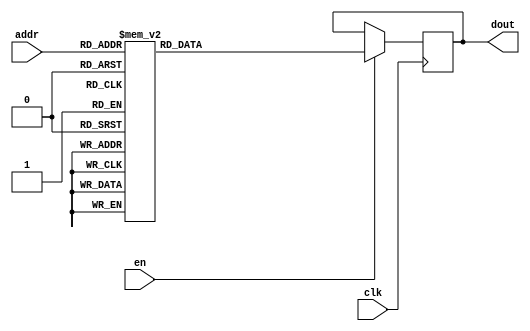
`timescale 1ns / 1ps
/*
Copyright
All right reserved.
Module Name: rom_syn
Author  : Zichuan Liu, Yixing Li and Wenye Liu.
Description:
A synthesized ROM: ROM_DEP x ROM_WID
*/
module EC_2_REF_ROM_1(
// inputs
clk,
en,
addr,
// outputs
dout
);
localparam ROM_WID = 14;
localparam ROM_DEP = 64;
localparam ROM_ADDR = 6;
// input definition
input clk;
input en;
input [ROM_ADDR-1:0] addr;
// output definition
output [ROM_WID-1:0] dout;
reg [ROM_WID-1:0] data;
always @(posedge clk)
begin
if (en) begin
case(addr)
		6'd0: data <= 14'b01000011010111;
		6'd1: data <= 14'b01001000011011;
		6'd2: data <= 14'b01001011111000;
		6'd3: data <= 14'b01001000100111;
		6'd4: data <= 14'b01001100111110;
		6'd5: data <= 14'b01001000001101;
		6'd6: data <= 14'b01001010110000;
		6'd7: data <= 14'b01001000110100;
		6'd8: data <= 14'b01001100101000;
		6'd9: data <= 14'b01001011000110;
		6'd10: data <= 14'b01111111111111;
		6'd11: data <= 14'b01001010100011;
		6'd12: data <= 14'b01000111110110;
		6'd13: data <= 14'b01001100010011;
		6'd14: data <= 14'b01001010001100;
		6'd15: data <= 14'b01001010001011;
		6'd16: data <= 14'b01001011011101;
		6'd17: data <= 14'b01001010110110;
		6'd18: data <= 14'b00111000100111;
		6'd19: data <= 14'b01001100011010;
		6'd20: data <= 14'b01000110110101;
		6'd21: data <= 14'b01001010011000;
		6'd22: data <= 14'b01000110010011;
		6'd23: data <= 14'b01001011101000;
		6'd24: data <= 14'b00011010000110;
		6'd25: data <= 14'b01001100101000;
		6'd26: data <= 14'b01001011011011;
		6'd27: data <= 14'b01000111110101;
		6'd28: data <= 14'b01001010111111;
		6'd29: data <= 14'b01001100011001;
		6'd30: data <= 14'b01001011001100;
		6'd31: data <= 14'b01001011100100;
		6'd32: data <= 14'b01001010111011;
		6'd33: data <= 14'b01001100111110;
		6'd34: data <= 14'b01001010100001;
		6'd35: data <= 14'b01001000011110;
		6'd36: data <= 14'b01001000100111;
		6'd37: data <= 14'b01000111111100;
		6'd38: data <= 14'b01000111100110;
		6'd39: data <= 14'b01001011010111;
		6'd40: data <= 14'b01001100100110;
		6'd41: data <= 14'b01001010101111;
		6'd42: data <= 14'b01001001001101;
		6'd43: data <= 14'b01001100100100;
		6'd44: data <= 14'b01001101100110;
		6'd45: data <= 14'b01001100011011;
		6'd46: data <= 14'b01001011101101;
		6'd47: data <= 14'b01001011100011;
		6'd48: data <= 14'b01001010011111;
		6'd49: data <= 14'b01001000011001;
		6'd50: data <= 14'b01001100110000;
		6'd51: data <= 14'b01001100111101;
		6'd52: data <= 14'b01001100110001;
		6'd53: data <= 14'b01000110101001;
		6'd54: data <= 14'b01000111110011;
		6'd55: data <= 14'b01001010101001;
		6'd56: data <= 14'b01001100111101;
		6'd57: data <= 14'b01000110100100;
		6'd58: data <= 14'b01001010011110;
		6'd59: data <= 14'b01001001110011;
		6'd60: data <= 14'b01001011110010;
		6'd61: data <= 14'b01001000000010;
		6'd62: data <= 14'b01001011001111;
		6'd63: data <= 14'b01001000100011;
		endcase
		end
	end
	assign dout = data;
endmodule